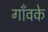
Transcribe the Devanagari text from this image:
गाँवके